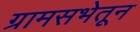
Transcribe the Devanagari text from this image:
ग्रामसभेतून